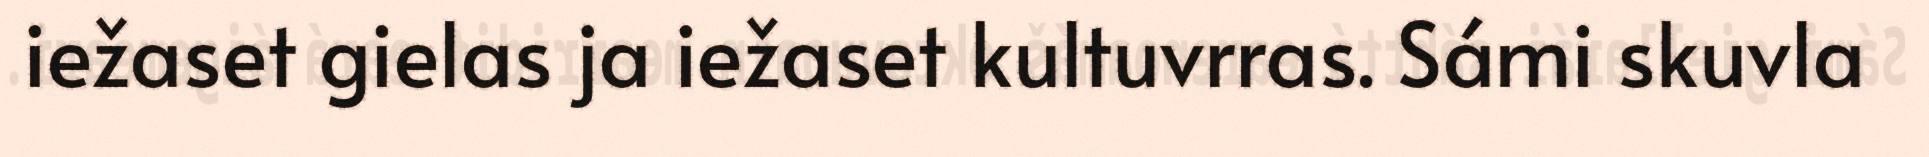
iežaset gielas ja iežaset kultuvrras. Sámi skuvla